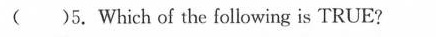
( )5. Which of the following is TRUE?